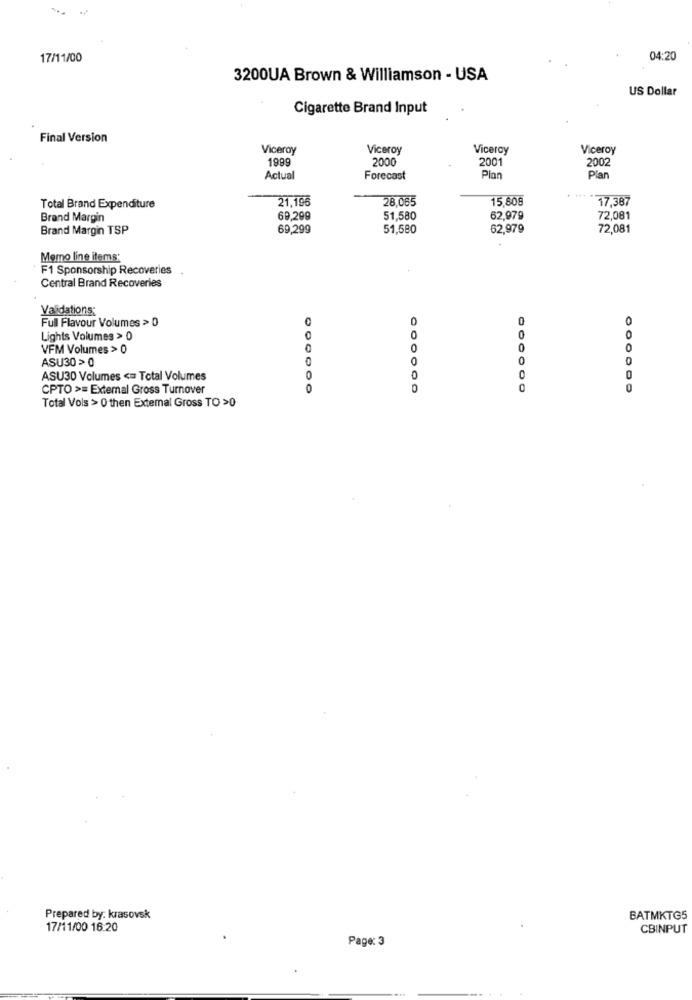
17/11/00
04:20
3200UA Brown & Williamson - USA
US Dollar
Cigarette Brand Input
Final Version
Viceroy
Viceroy
Viceroy
Viceroy
1999
2000
2001
2002
Actual
Forecast
Plan
Plan
21,196
28.065
15.80€
17,387
Total Brand Expenditure
Brand Margin
69,299
51,580
62,979
72,081
Brand Margin TSP
69,299
51,580
62,979
72,08
Memo line items*
F1 Sponsorship Recoveries
Central Brand Recoveries
Validations:
Full Flavour Volumes >> 0
0
0
Lights Volumes > 0
0
0
0
0
VFM Volumes > 0
0
0
0
ASU30 > 0
0
0
0
ASU30 Volumes <= Total Volumes
0
0
0
CPTO >= External Gross Turnover
0
0
Total Vols > 0 then Extemal Gross TO >0
Prepared by: krasovsk
BATMKTG5
17/11/00 16:20
CBINPUT
Page: 3